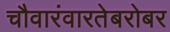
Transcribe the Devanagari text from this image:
चौवारंवारतेबरोबर